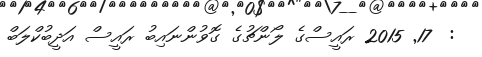
:  17